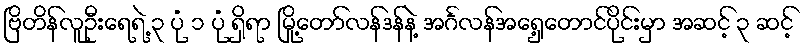
ဗြိတိန်လူဦးရေရဲ့ ၃ ပုံ ၁ ပုံ ရှိရာ မြို့တော်လန်ဒန်နဲ့ အင်္ဂလန်အရှေ့တောင်ပိုင်းမှာ အဆင့် ၃ ဆင့်